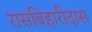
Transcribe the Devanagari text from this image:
रासबिहारीदास